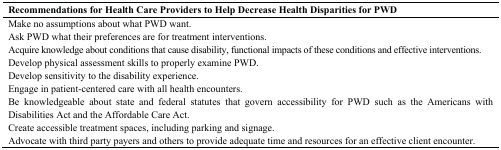
| Recommendations for Health Care Providers to Help Decrease Health Disparities for PWD |
 | --- |
 | Make no assumptions about what PWD want. |
 | Ask PWD what their preferences are for treatment interventions. |
 | Acquire knowledge about conditions that cause disability, functional impacts of these conditions and effective interventions. |
 | Develop physical assessment skills to properly examine PWD. |
 | Develop sensitivity to the disability experience. |
 | Engage in patient-centered care with all health encounters. |
 | Be knowledgeable about state and federal statutes that govern accessibility for PWD such as the Americans with Disabilities Act and the Affordable Care Act. |
 | Create accessible treatment spaces, including parking and signage. |
 | Advocate with third party payers and others to provide adequate time and resources for an effective client encounter. |